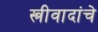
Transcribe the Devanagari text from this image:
स्त्रीवादांचे